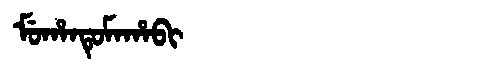
Manchu: ᠮᡠᡥᠠᠨᡨᡠᠮᠠᡥᠠᠪᡳ
Romanization: MUHANTUMAHABI